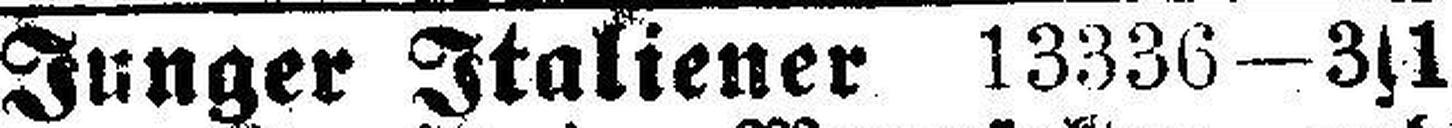
Junger Italiener 13336—3s1